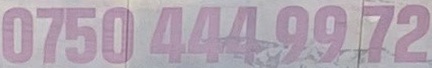
0750 444 99 72